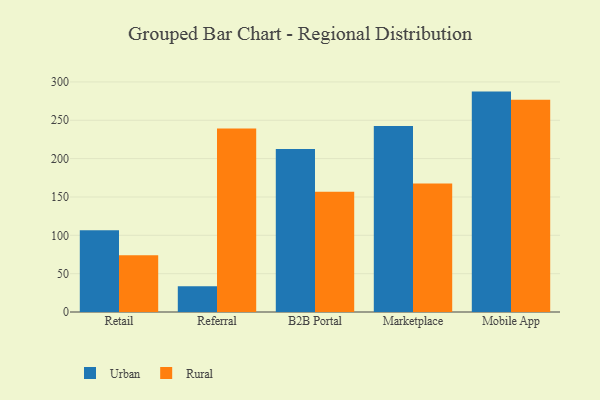
{"axis": {"x": "Channel", "y": "Gross Profit (USD K)"}, "legend": ["Rural", "Urban"], "data": [{"x": "Retail", "y": 106.6, "type": "Urban"}, {"x": "Retail", "y": 74.0, "type": "Rural"}, {"x": "Referral", "y": 33.7, "type": "Urban"}, {"x": "Referral", "y": 239.4, "type": "Rural"}, {"x": "B2B Portal", "y": 212.6, "type": "Urban"}, {"x": "B2B Portal", "y": 156.9, "type": "Rural"}, {"x": "Marketplace", "y": 242.4, "type": "Urban"}, {"x": "Marketplace", "y": 167.6, "type": "Rural"}, {"x": "Mobile App", "y": 287.4, "type": "Urban"}, {"x": "Mobile App", "y": 276.9, "type": "Rural"}]}